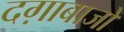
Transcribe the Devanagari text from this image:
दग़ाबाजों